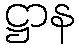
ဋ္ဌာန